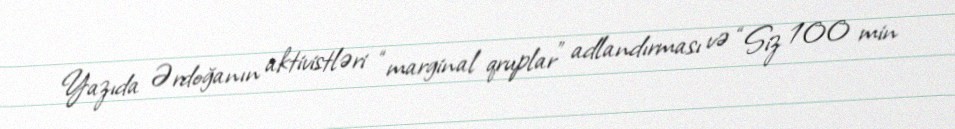
Yazıda Ərdoğanın aktivistləri “marginal qruplar” adlandırması və “Siz 100 min